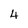
Character: 4